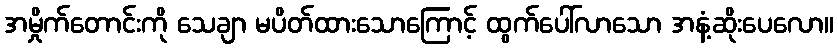
အမှိုက်တောင်းကို သေချာ မပိတ်ထားသောကြောင့် ထွက်ပေါ်လာသော အနံ့ဆိုးပေလော။